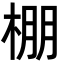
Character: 棚